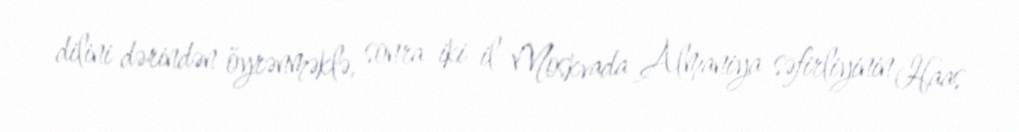
dilini dərindən öyrənməklə, sonra iki il Moskvada Almaniya səfirliyinin Haas